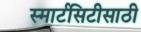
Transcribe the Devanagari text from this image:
स्मार्टसिटीसाठी